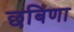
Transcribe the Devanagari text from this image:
छबिणा